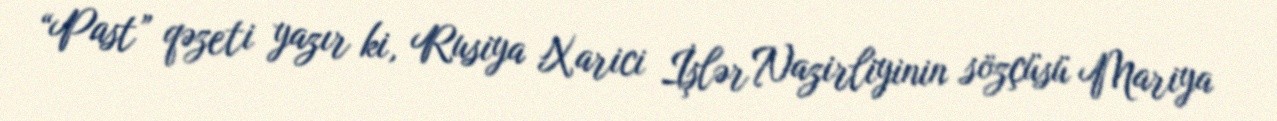
“Past” qəzeti yazır ki, Rusiya Xarici İşlər Nazirliyinin sözçüsü Mariya